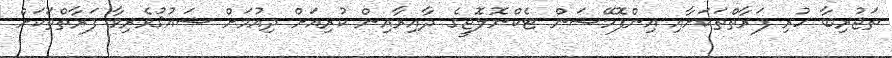
ތަޖުރިބާ ހުރި ފަރާތްތަކަށާއި އިންފޮމޭޝަން ޓެކްނޮލޮޖީގެ ދާއިރާއިން ކުރިއަށް ދިއުމަށް ޝައުޤުވެރިވާ ފަރާތްތަކަށް